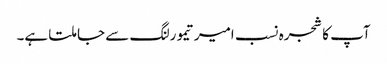
آپ کا شجرہ نسب امیرتیمورلنگ سے جا ملتا ہے۔